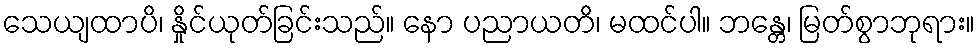
သေယျထာပိ၊ နှိုင်ယုတ်ခြင်းသည်။ နော ပညာယတိ၊ မထင်ပါ။ ဘန္တေ၊ မြတ်စွာဘုရား။